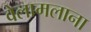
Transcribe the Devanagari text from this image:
वेलामलाना